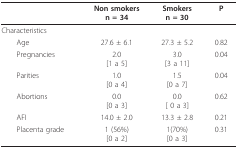
<table><thead><tr><td></td><td><b>Non smokersn = 34</b></td><td><b>Smokersn = 30</b></td><td><b>P</b></td></tr></thead><tbody><tr><td>Characteristics</td><td></td><td></td><td></td></tr><tr><td> Age</td><td>27.6 ± 6.1</td><td>27.3 ± 5.2</td><td>0.82</td></tr><tr><td> Pregnancies</td><td>2.0[1 a 5]</td><td>3.0[3 a 11]</td><td>0.04</td></tr><tr><td> Parities</td><td>1.0[0 a 4]</td><td>1.5[0 a 7]</td><td>0.04</td></tr><tr><td> Abortions</td><td>0.0[0 a 3]</td><td>0.0[ 0 a 3]</td><td>0.62</td></tr><tr><td> AFI</td><td>14.0 ± 2.0</td><td>13.3 ± 2.8</td><td>0.21</td></tr><tr><td> Placenta grade</td><td>1 (56%)[0 a 2]</td><td>1(70%)[0 a 3]</td><td>0.31</td></tr></tbody></table>